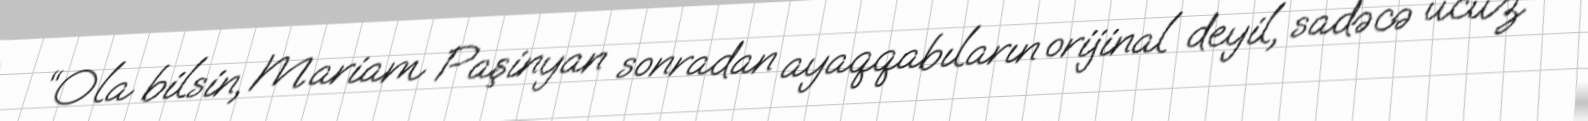
“Ola bilsin, Mariam Paşinyan sonradan ayaqqabıların orijinal deyil, sadəcə ucuz